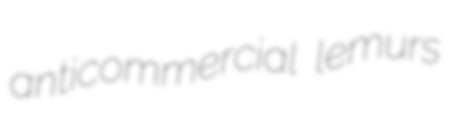
anticommercial lemurs